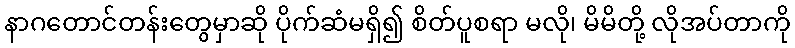
နာဂတောင်တန်းတွေမှာဆို ပိုက်ဆံမရှိ၍ စိတ်ပူစရာ မလို၊ မိမိတို့ လိုအပ်တာကို